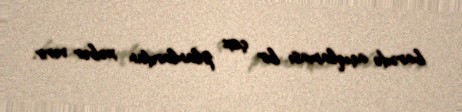
barədə açıqlaması bir çox planlardan xəbər verir.